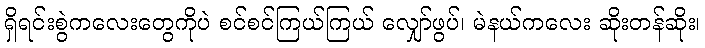
ရှိရင်းစွဲကလေးတွေကိုပဲ စင်စင်ကြယ်ကြယ် လျှော်ဖွပ်၊ မဲနယ်ကလေး ဆိုးတန်ဆိုး၊